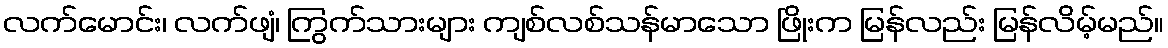
လက်မောင်း၊ လက်ဖျံ၊ ကြွက်သားများ ကျစ်လစ်သန်မာသော ဖြိုးက မြန်လည်း မြန်လိမ့်မည်။